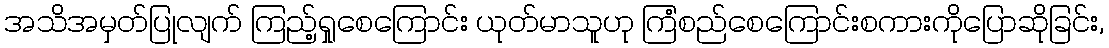
အသိအမှတ်ပြုလျက် ကြည့်ရှုစေကြောင်း ယုတ်မာသူဟု ကြံစည်စေကြောင်းစကားကိုပြောဆိုခြင်း,